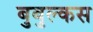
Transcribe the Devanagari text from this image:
बुबुल्कस